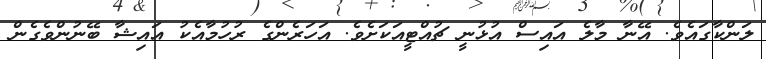
ލަންކާގައެވެ. އޭނާ މާލެ އައިސް އުޅުނީ ޗުއްޓީއަކަށެވެ. އަހަރެންގެ ރުހުމާއެކު އައިޝާ ބޭނުންވެގެން